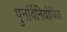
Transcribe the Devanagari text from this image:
पुनर्विनियोजित